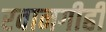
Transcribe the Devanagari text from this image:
रवानगीही